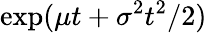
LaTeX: \exp(\mu t+\sigma^{2}t^{2}/2)